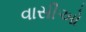
વાસીઓ